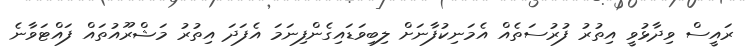
ރައީސް ވިދާޅުވީ އިތުރު ފުރުސަތެއް އެމަނިކުފާނަށް ލިބިވަޑައިގެންފިނަމަ އެފަދަ އިތުރު މަޝްރޫއުތައް ފައްޓަވާނެ